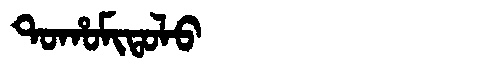
Manchu: ᡨᠣᡥᠣᠮᡳᡨᠣᠯᠣ
Romanization: TOHOMITOLO